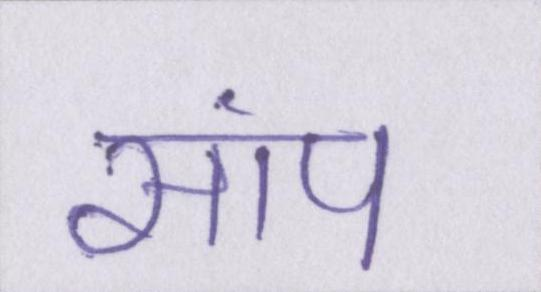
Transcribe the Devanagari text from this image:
सांप